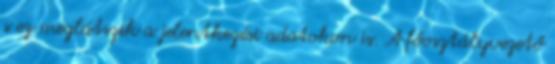
s ez meglátszik a jelentkezési adatokon is. A főosztályvezető